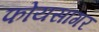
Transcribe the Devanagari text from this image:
फोयसागर